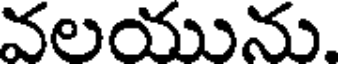
వలయును.